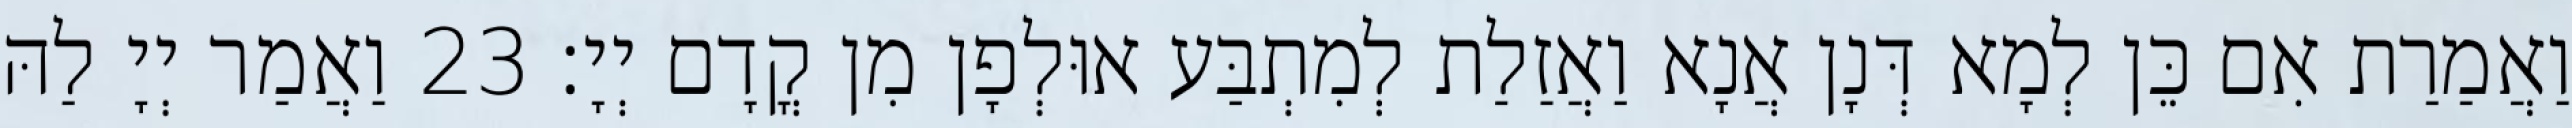
וַאֲמַרַת אִם כֵּן לְמָא דְּנָן אֲנָא וַאֲזַלַת לְמִתְבַּע אוּלְפָן מִן קֳדָם יְיָ׃ 23 וַאֲמַר יְיָ לַהּ